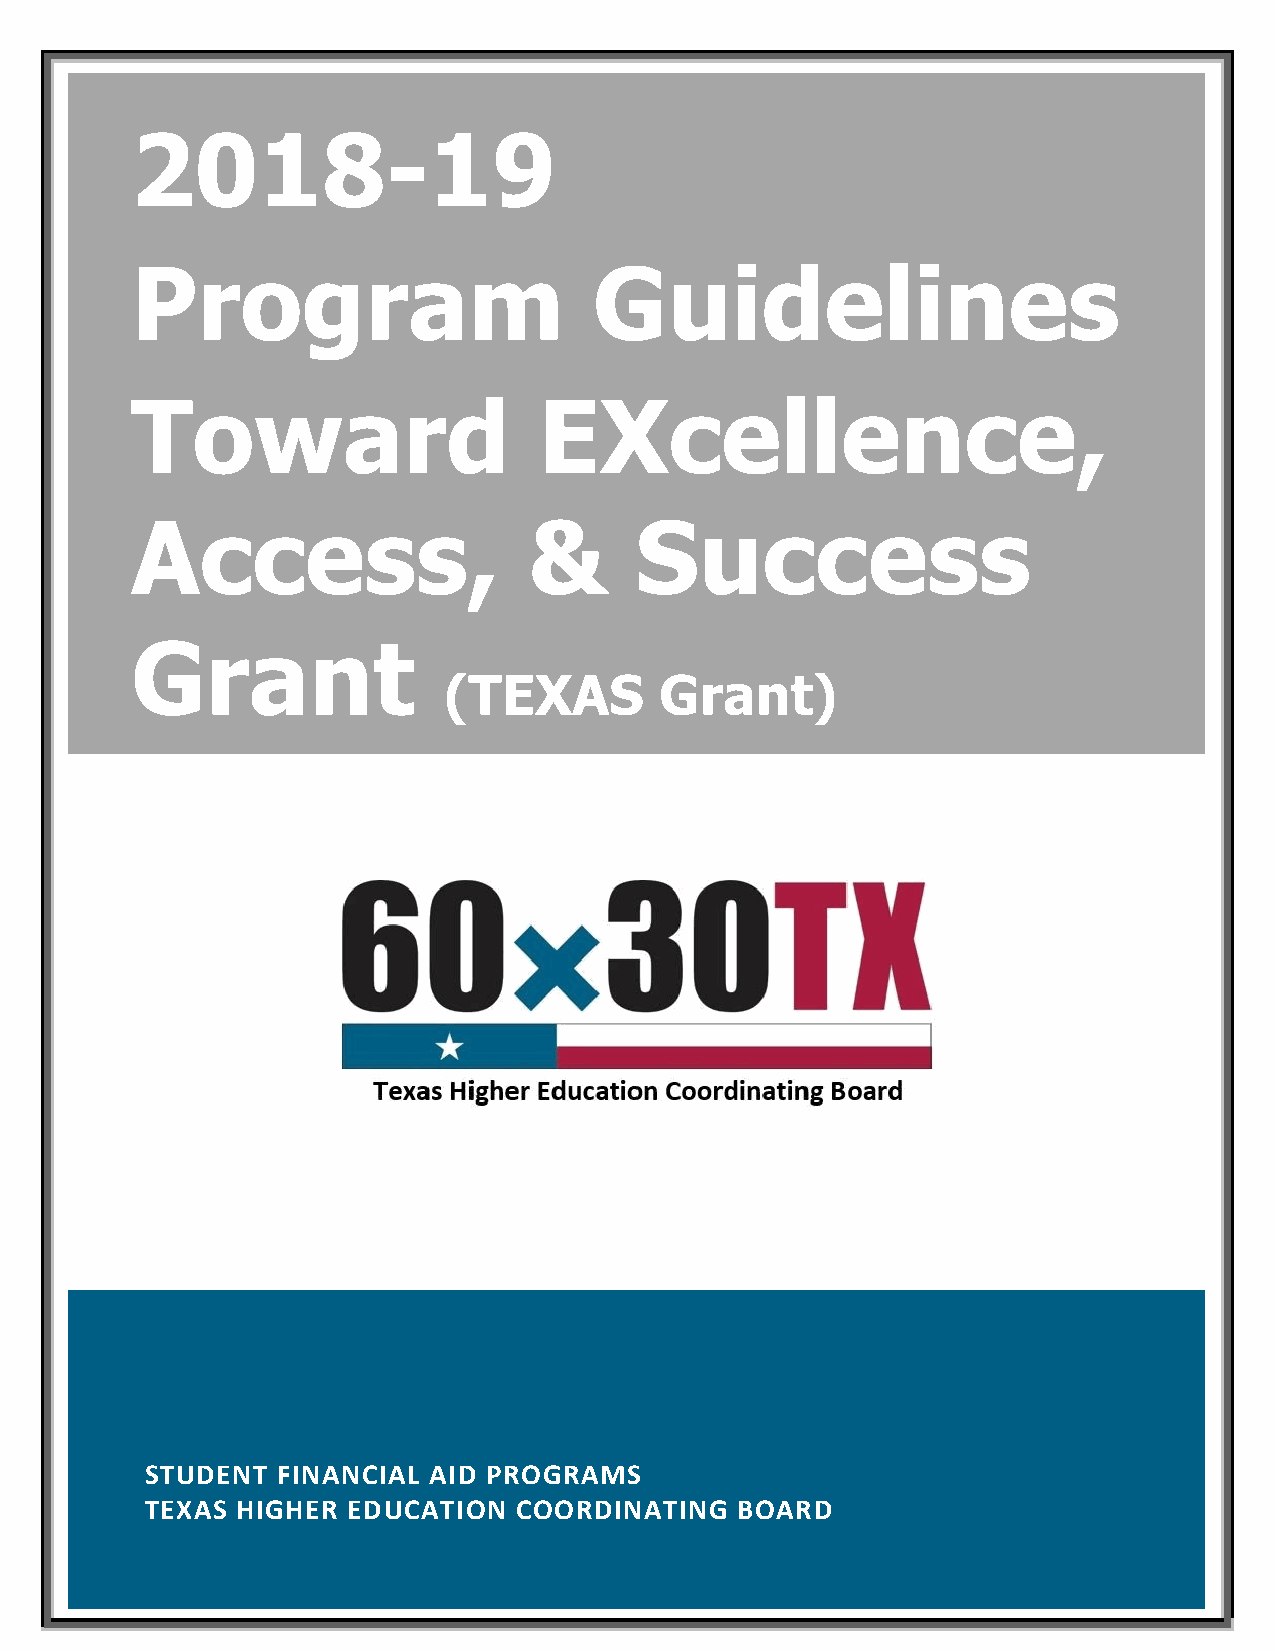
2018-19
 Program                       Guidelines
 Toward                     EXcellence,
 Access,                   &      Success
 Grant
 (TEXAS         Grant)
 STUDENT FINANCIAL AID PROGRAMS
 TEXAS HIGHER EDUCATION  COORDINATING   BOARD